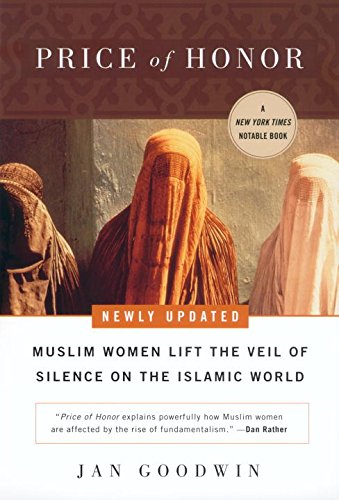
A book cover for Price of Honor: Muslim Women Lift the Veil of Silence on the Islamic World; Jan Goodwin; Religion & Spirituality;